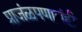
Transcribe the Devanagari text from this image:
प्राजंळपणाचंही